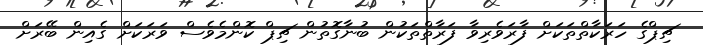
ޗިޕްގެ ހަރަކާތްތަކަށް ފާރަވެރިވާ ފަރާތްތަކުން ބުނާގޮތުން ޗިޕް ކޮންމެވެސް ވަރަކަށް ގެއިން ބޭރަށް